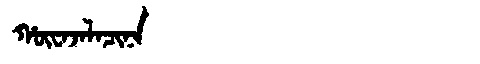
Manchu: ᡥᡡᠸᠠᠵᠠᠯᠠᠴᡳᠨᠠ
Romanization: HŪWAJALACINA